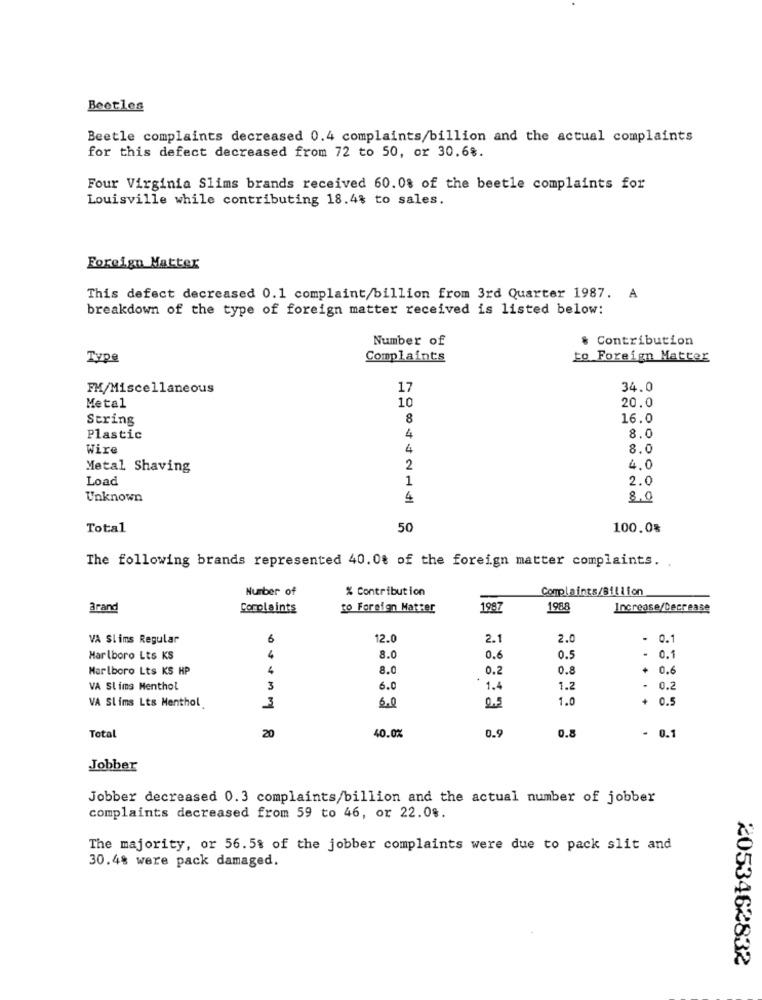
Beetles
Beetle complaints decreased 0.4 complaints/billion and the actual complaints
for this defect decreased from 72 to 50, or 30.68.
Four Virginia Slims brands received 60. 0% of the beetle complaints for
Louisville while contributing 18.4% to sales.
Foreign Matter
This defect decreased 0.1 complaint/billion from 3rd Quarter 1987. A
breakdown of the type of foreign matter received is listed below:
Number of
& Contribution
Type
Complaints
to Foreign Matter
FM/Miscellaneous
17
34.0
10
20.0
Metal
String
8
16.0
Plastic
4
8.0
Wire
4
8.0
Metal Shaving
2
4.0
Load
1
2.0
Unknown
4
8,0
Total
50
100.0%
The following brands represented 40.00 of the foreign matter complaints.
Number of
% Contribution
Complaints/Billion
arand
Complaints
to Foreign Matter
1987
1988
Increase/Decrease
VA Slims Regular
6
12.0
2.1
2.0
.
0.1
Marlboro Lts KS
8.0
0.6
0.5
..
0.1
Marlboro Lts KS HP
4
8.0
0.2
0.8
0.6
VA Slims Menthol
3
6.0
1.4
1.2
+.
0.2
VA Slims Lts Menthol
6.0
1.0
+ 0.5
3
20
Total
40.0%
0.9
0.8
0.
Jobber
Jobber decreased 0.3 complaints/billion and the actual number of jobber
complaints decreased from 59 to 46, or 22.08.
The majority, or 56.5% of the jobber complaints were due to pack slit and
30.4% were pack damaged.
2053462832